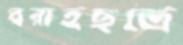
বরাহছত্রে